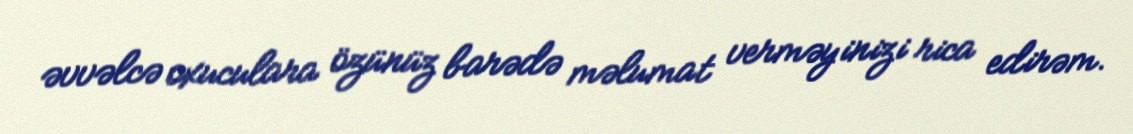
əvvəlcə oxuculara özünüz barədə məlumat verməyinizi rica edirəm.